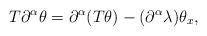
LaTeX: \begin{align*}T\partial^\alpha\theta = \partial^\alpha(T\theta) - (\partial^\alpha \lambda) \theta_x,\end{align*}